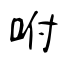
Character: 咐